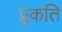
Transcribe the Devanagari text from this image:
प्रृकति